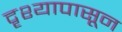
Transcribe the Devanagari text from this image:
दृश्यापासून